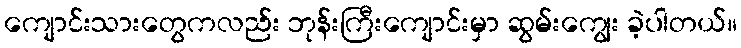
ကျောင်းသားတွေကလည်း ဘုန်းကြီးကျောင်းမှာ ဆွမ်းကျွေး ခဲ့ပါတယ်။